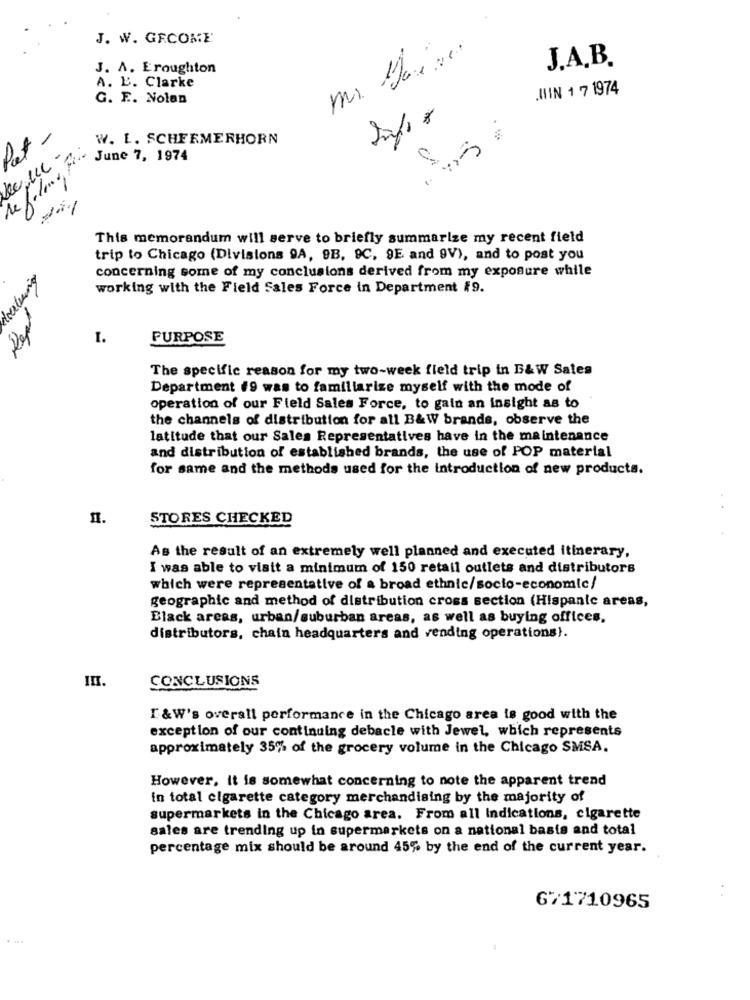
J. W. GECOME
J. A. Eroughton
J.A.B.
A. L. Clarke
m.
.IIIN 1 7 1974
G. F .. Nolan
W. L. SCHERMERHORN
June 7, 1974
refulanos
.0
This memorandum will serve to briefly summarize my recent field
trip to Chicago (Divisions 9A, 9B, 9C, 9E and 9V), and to post you
concerning some of my conclusions derived from my exposure while
working with the Field Sales Force in Department 19.
Rept
I.
PURPOSE
The specific reason for my two-week field trip in B&W Sales
Department #9 was to familiarize myself with the mode of
operation of our Field Sales Force, to gain an insight as to
the channels of distribution for all B&W brands, observe the
latitude that our Sales Representatives have in the maintenance
and distribution of established brands, the use of POP material
for same and the methods used for the introduction of new products.
STORES CHECKED
As the result of an extremely well planned and executed itinerary,
I was able to visit a minimum of 150 retail outlets and distributors
which were representative of a broad ethnic/socio-economic/
geographic and method of distribution cross section (Hispanic areas,
Black areas, urban/suburban areas, as well as buying offices.
distributors, chain headquarters and vending operations).
CONCLUSIONS
III.
I &W's overall performance in the Chicago area is good with the
exception of our continuing debacle with Jewel, which represents
approximately 35% of the grocery volume in the Chicago SMSA.
However, it is somewhat concerning to note the apparent trend
in total cigarette category merchandising by the majority of
supermarkets in the Chicago area. From all Indications, cigarette
sales are trending up in supermarkets on a national basis and total
percentage mix should be around 45% by the end of the current year.
671710965